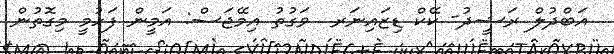
އަބްދުލް ރަޝީދު- ކޭކް ޑިޒައިނަރ  ވަގުތު އިމޭޖަސް: އަމީން ފަހުމީ މިގޮތުން